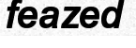
feazed